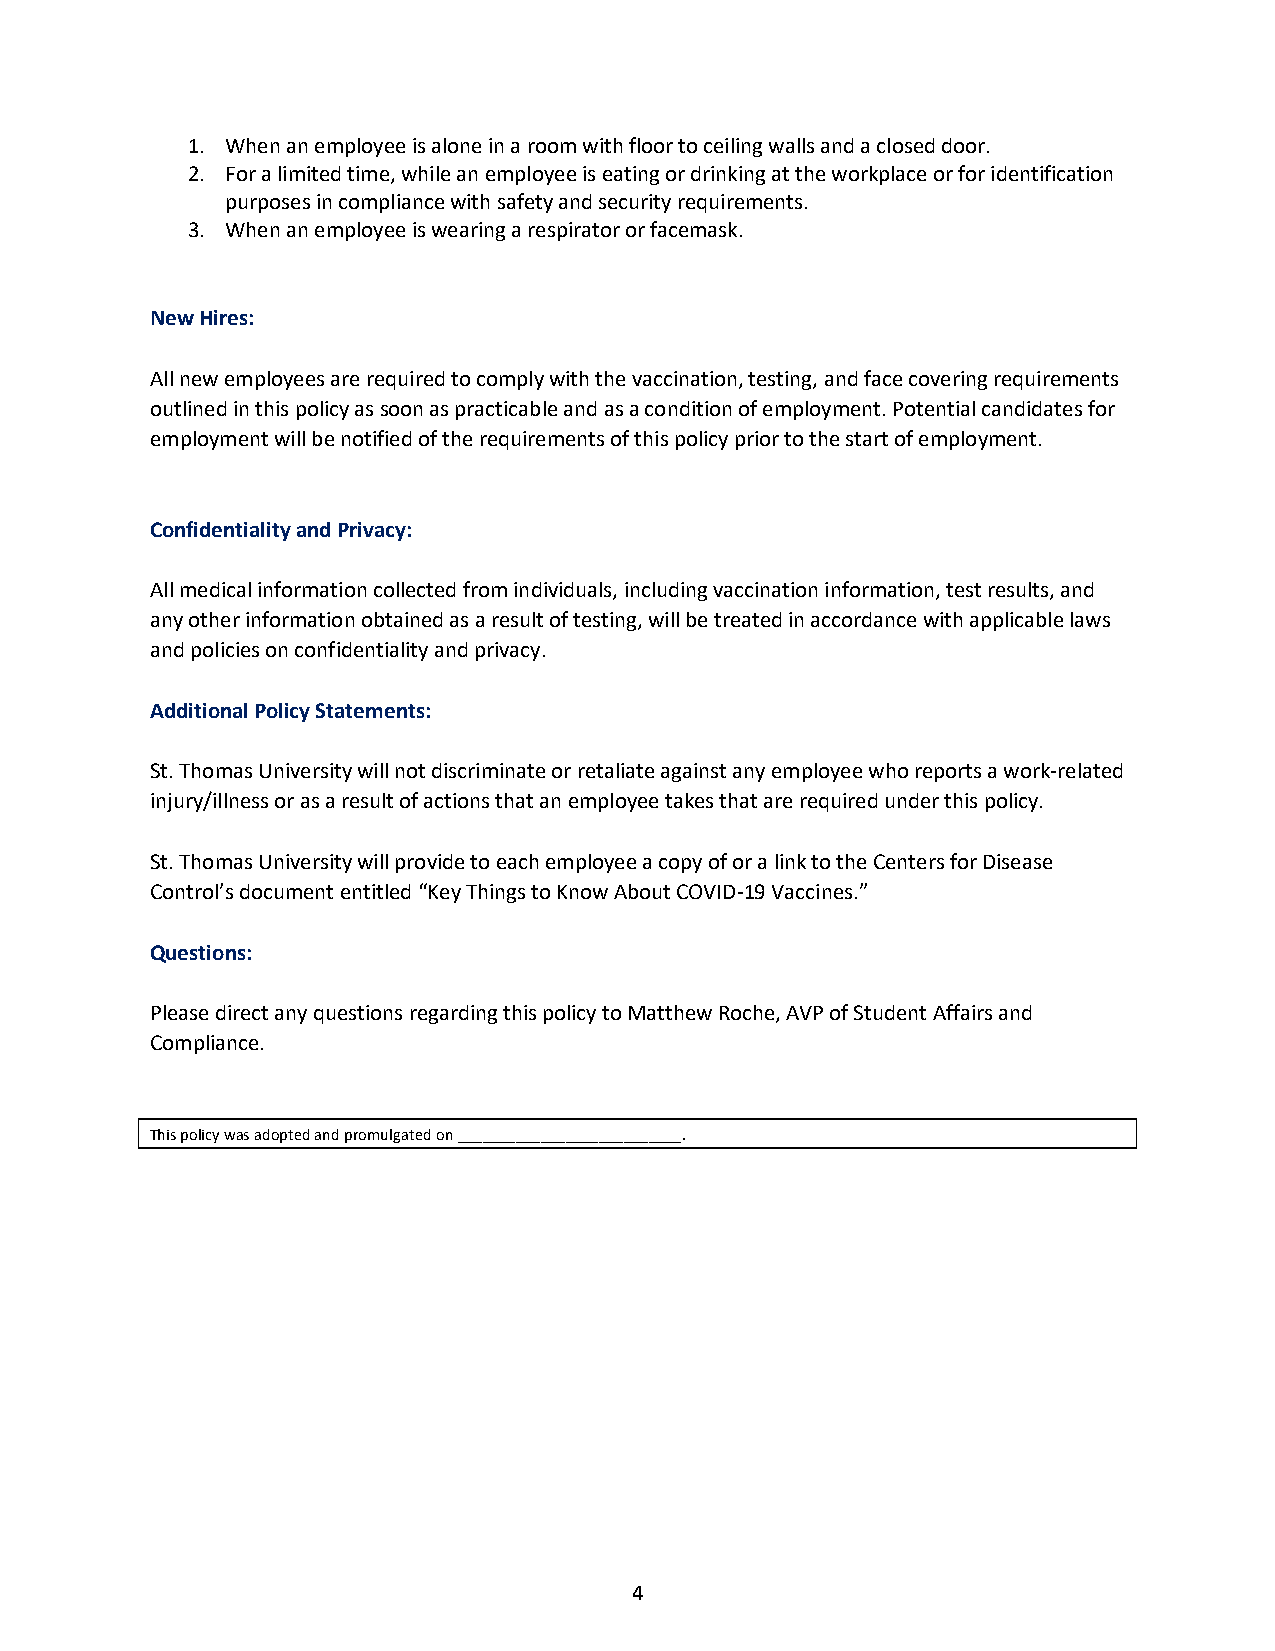
1. When an employee is alone in a room with floor to ceiling walls and a closed door.
 2. For a limited time, while an employee is eating or drinking at the workplace or for identification
 purposes in compliance with safety and security requirements.
 3. When an employee is wearing a respirator or facemask.
 New Hires:
 All new employees are required to comply with the vaccination, testing, and face covering requirements
 outlined in this policy as soon as practicable and as a condition of employment. Potential candidates for
 employment will be notified of the requirements of this policy prior to the start of employment.
 Confidentiality and Privacy:
 All medical information collected from individuals, including vaccination information, test results, and
 any other information obtained as a result of testing, will be treated in accordance with applicable laws
 and policies on confidentiality and privacy.
 Additional Policy Statements:
 St. Thomas University will not discriminate or retaliate against any employee who reports a work-related
 injury/illness or as a result of actions that an employee takes that are required under this policy.
 St. Thomas University will provide to each employee a copy of or a link to the Centers for Disease
 Control’s document entitled “Key Things to Know About COVID-19 Vaccines.”
 Questions:
 Please direct any questions regarding this policy to Matthew Roche, AVP of Student Affairs and
 Compliance.
 This policy was adopted and promulgated on ___________________________.
 4